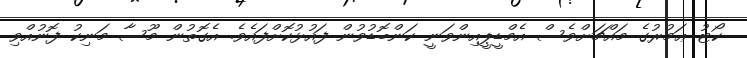
ކޯޓު ޢަމުރުގެ މައްޗަށްވެސް އެމްޑީޕީއިންވަނީ ކަންބޮޑުވުން ފައުޅުކޮށްފައެވެ. އެގޮތުން މޫސާ މަނިކު ފޮނުއްވި